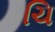
ચિ